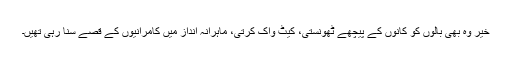
خیر وہ بھی بالوں کو کانوں کے پیچھے ٹھونستی، کیٹ واک کرتی، ماہرانہ انداز میں کامرانیوں کے قصے سنا رہی تھیں۔